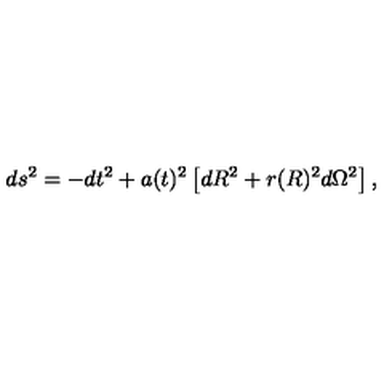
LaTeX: d s ^ { 2 } = - d t ^ { 2 } + a ( t ) ^ { 2 } \left[ d R ^ { 2 } + r ( R ) ^ { 2 } d \Omega ^ { 2 } \right] ,